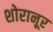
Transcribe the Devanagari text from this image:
शोरानूर